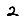
Digit: 2